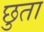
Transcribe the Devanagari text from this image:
छुता